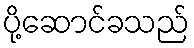
ပို့ဆောင်ခသည်